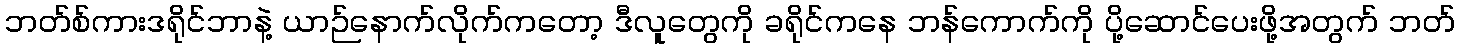
ဘတ်စ်ကားဒရိုင်ဘာနဲ့ ယာဉ်နောက်လိုက်ကတော့ ဒီလူတွေကို ခရိုင်ကနေ ဘန်ကောက်ကို ပို့ဆောင်ပေးဖို့အတွက် ဘတ်